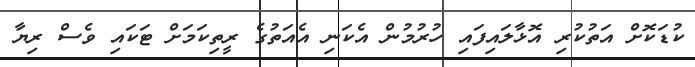
ކުޑަކޮށް އަތުކުރި އޮޅާލައިފައި ހުރުމުން އެކަނި އެއަތުގެ ރީތިކަމަށް ޓަކައި ވެސް ރިޔާ